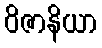
ဝိဇာနိယာ